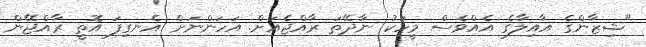
"ޝިޒާންގެ އާއިލާގެ އެއްވެސް މީހަކު ނާދޭތަ ރާއްޖެއަށް. އަހަންނަށް އެނގިފަ އޮތީ ރާއްޖޭން